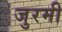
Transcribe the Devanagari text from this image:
जुरमी